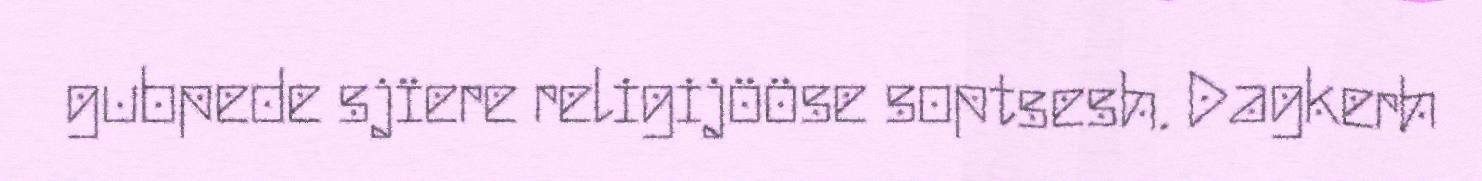
gubpede sjïere religijööse soptsesh. Dagkerh